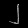
Digit: ၂